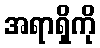
အရာရှိကို